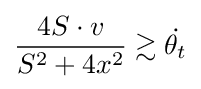
{\frac {4S\cdot v}{S^{2}+4x^{2}}}\gtrsim {\dot {\theta _{t}}}